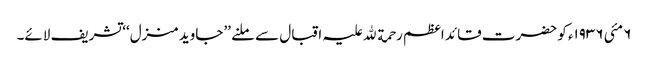
٦ مئی ١٩٣٦ء کو حضرت قائد اعظم رحمة ﷲ علیہ اقبال سے ملنے ’’جاوید منزل‘‘ تشریف لائے۔